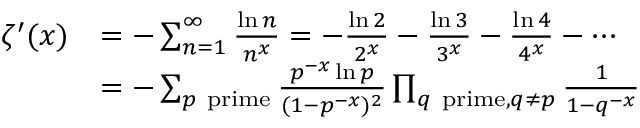
{ \begin{array} { r l } { \zeta ^ { \prime } ( x ) } & { = - \sum _ { n = 1 } ^ { \infty } { \frac { \ln n } { n ^ { x } } } = - { \frac { \ln 2 } { 2 ^ { x } } } - { \frac { \ln 3 } { 3 ^ { x } } } - { \frac { \ln 4 } { 4 ^ { x } } } - \cdots } \\ & { = - \sum _ { p { \mathrm { ~ p r i m e } } } { \frac { p ^ { - x } \ln p } { ( 1 - p ^ { - x } ) ^ { 2 } } } \prod _ { q { \mathrm { ~ p r i m e } } , q \neq p } { \frac { 1 } { 1 - q ^ { - x } } } } \end{array} }